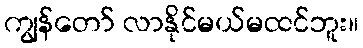
ကျွန်တော် လာနိုင်မယ်မထင်ဘူး။